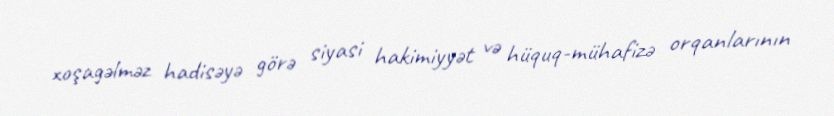
xoşagəlməz hadisəyə görə siyasi hakimiyyət və hüquq-mühafizə orqanlarının